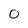
Character: O